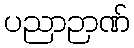
ပညာဉာဏ်